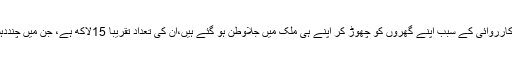
وہ قبائلی جو اس فوجی کارروائی کے سبب اپنے گھروں کو چھوڑ کر اپنے ہی ملک میں جلاوطن ہو گئے ہیں،ان کی تعداد تقریباً 15لاکھ ہے، جن میں چنددہشت گرد بھی شامل ہیں۔